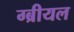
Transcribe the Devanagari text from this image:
ग्ब्रीयल